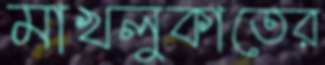
মাখলুকাতের